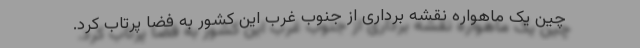
چین یک ماهواره نقشه برداری از جنوب غرب این کشور به فضا پرتاب کرد.